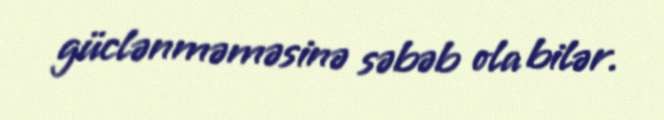
güclənməməsinə səbəb ola bilər.